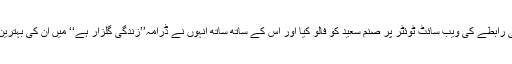
کرن جوہر نے حال ہی میں سماجی رابطے کی ویب سائٹ ٹوئٹر پر صنم سعید کو فالو کیا اور اس کے ساتھ ساتھ انہوں نے ڈرامہ’’زندگی گلزار ہے‘‘ میں ان کی بہترین اداکاری کی تعریف بھی کر ڈالی۔